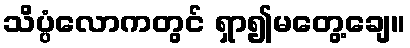
သိပ္ပံလောကတွင် ရှာ၍မတွေ့ချေ။